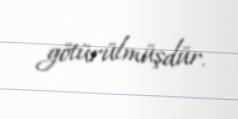
götürülmüşdür.